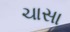
ચાસા